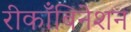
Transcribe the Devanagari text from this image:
रीकाँबिनेशन